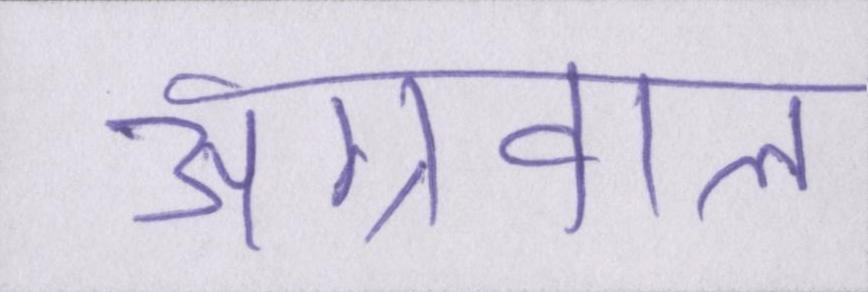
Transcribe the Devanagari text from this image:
अग्रवाल